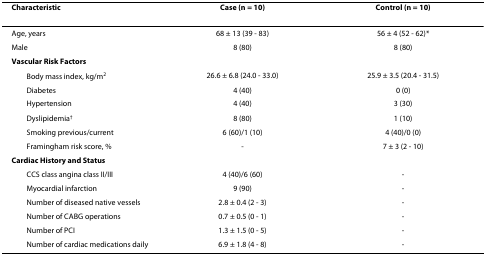
<table><thead><tr><td><b>Characteristic</b></td><td><b>Case (n = 10)</b></td><td><b>Control (n = 10)</b></td></tr></thead><tbody><tr><td>Age, years</td><td>68 ± 13 (39 - 83)</td><td>56 ± 4 (52 - 62)*</td></tr><tr><td>Male</td><td>8 (80)</td><td>8 (80)</td></tr><tr><td><b>Vascular Risk Factors</b></td><td></td><td></td></tr><tr><td> Body mass index, kg/m<sup>2</sup></td><td>26.6 ± 6.8 (24.0 - 33.0)</td><td>25.9 ± 3.5 (20.4 - 31.5)</td></tr><tr><td> Diabetes</td><td>4 (40)</td><td>0 (0)</td></tr><tr><td> Hypertension</td><td>4 (40)</td><td>3 (30)</td></tr><tr><td> Dyslipidemia<sup>†</sup></td><td>8 (80)</td><td>1 (10)</td></tr><tr><td> Smoking previous/current</td><td>6 (60)/1 (10)</td><td>4 (40)/0 (0)</td></tr><tr><td> Framingham risk score, %</td><td>-</td><td>7 ± 3 (2 - 10)</td></tr><tr><td><b>Cardiac History and Status</b></td><td></td><td></td></tr><tr><td> CCS class angina class II/III</td><td>4 (40)/6 (60)</td><td>-</td></tr><tr><td> Myocardial infarction</td><td>9 (90)</td><td>-</td></tr><tr><td> Number of diseased native vessels</td><td>2.8 ± 0.4 (2 - 3)</td><td>-</td></tr><tr><td> Number of CABG operations</td><td>0.7 ± 0.5 (0 - 1)</td><td>-</td></tr><tr><td> Number of PCI</td><td>1.3 ± 1.5 (0 - 5)</td><td>-</td></tr><tr><td> Number of cardiac medications daily</td><td>6.9 ± 1.8 (4 - 8)</td><td>-</td></tr></tbody></table>